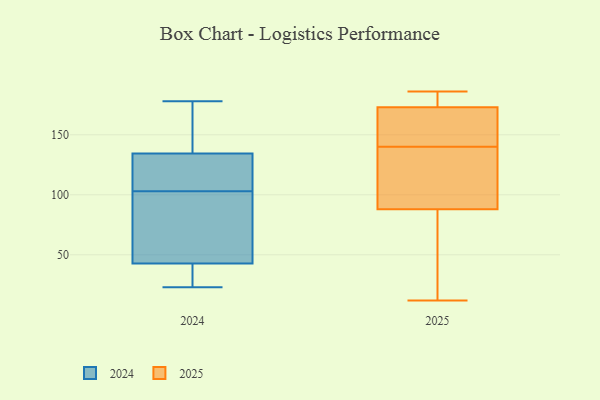
{"axis": {"x": "Net Income (USD K)", "y": "Value"}, "legend": ["2024", "2025"], "data": [{"x": "", "y": 101, "type": "2024"}, {"x": "", "y": 76, "type": "2024"}, {"x": "", "y": 108, "type": "2024"}, {"x": "", "y": 29, "type": "2024"}, {"x": "", "y": 133, "type": "2024"}, {"x": "", "y": 33, "type": "2024"}, {"x": "", "y": 140, "type": "2024"}, {"x": "", "y": 130, "type": "2024"}, {"x": "", "y": 123, "type": "2024"}, {"x": "", "y": 23, "type": "2024"}, {"x": "", "y": 46, "type": "2024"}, {"x": "", "y": 139, "type": "2024"}, {"x": "", "y": 89, "type": "2024"}, {"x": "", "y": 178, "type": "2024"}, {"x": "", "y": 33, "type": "2024"}, {"x": "", "y": 103, "type": "2024"}, {"x": "", "y": 143, "type": "2024"}, {"x": "", "y": 144, "type": "2025"}, {"x": "", "y": 111, "type": "2025"}, {"x": "", "y": 163, "type": "2025"}, {"x": "", "y": 45, "type": "2025"}, {"x": "", "y": 12, "type": "2025"}, {"x": "", "y": 88, "type": "2025"}, {"x": "", "y": 88, "type": "2025"}, {"x": "", "y": 186, "type": "2025"}, {"x": "", "y": 146, "type": "2025"}, {"x": "", "y": 184, "type": "2025"}, {"x": "", "y": 104, "type": "2025"}, {"x": "", "y": 173, "type": "2025"}, {"x": "", "y": 136, "type": "2025"}, {"x": "", "y": 182, "type": "2025"}]}